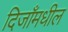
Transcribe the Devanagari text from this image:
दिजाँमधील